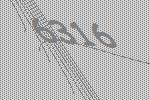
6316